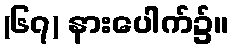
(၆၇) နားပေါက်၌။